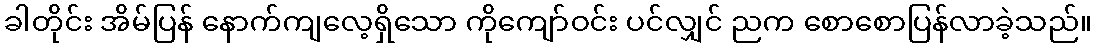
ခါတိုင်း အိမ်ပြန် နောက်ကျလေ့ရှိသော ကိုကျော်ဝင်း ပင်လျှင် ညက စောစောပြန်လာခဲ့သည်။